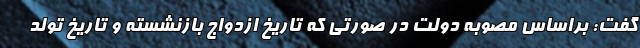
گفت: براساس مصوبه دولت در صورتی که تاریخ ازدواج بازنشسته و تاریخ تولد